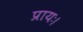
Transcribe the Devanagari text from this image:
प्रायः।